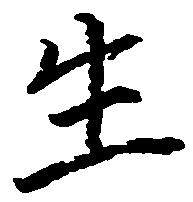
生